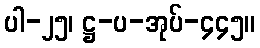
ပါ-၂၅၊ ဋ္ဌ-ပ-အုပ်-၄၄၅။